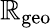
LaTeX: \mathbb{R}_{\mathrm{{geo}}}